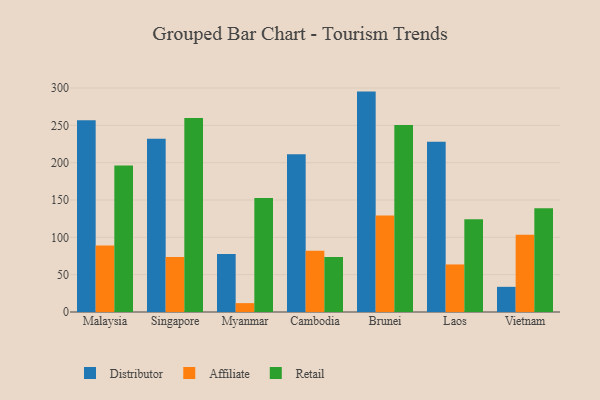
{"axis": {"x": "Country", "y": "Satisfaction Score"}, "legend": ["Affiliate", "Distributor", "Retail"], "data": [{"x": "Malaysia", "y": 256.8, "type": "Distributor"}, {"x": "Malaysia", "y": 89.1, "type": "Affiliate"}, {"x": "Malaysia", "y": 196.2, "type": "Retail"}, {"x": "Singapore", "y": 232.0, "type": "Distributor"}, {"x": "Singapore", "y": 73.8, "type": "Affiliate"}, {"x": "Singapore", "y": 260.0, "type": "Retail"}, {"x": "Myanmar", "y": 77.7, "type": "Distributor"}, {"x": "Myanmar", "y": 11.9, "type": "Affiliate"}, {"x": "Myanmar", "y": 152.7, "type": "Retail"}, {"x": "Cambodia", "y": 211.3, "type": "Distributor"}, {"x": "Cambodia", "y": 82.2, "type": "Affiliate"}, {"x": "Cambodia", "y": 73.7, "type": "Retail"}, {"x": "Brunei", "y": 295.2, "type": "Distributor"}, {"x": "Brunei", "y": 129.2, "type": "Affiliate"}, {"x": "Brunei", "y": 250.6, "type": "Retail"}, {"x": "Laos", "y": 227.9, "type": "Distributor"}, {"x": "Laos", "y": 63.7, "type": "Affiliate"}, {"x": "Laos", "y": 124.1, "type": "Retail"}, {"x": "Vietnam", "y": 33.7, "type": "Distributor"}, {"x": "Vietnam", "y": 103.3, "type": "Affiliate"}, {"x": "Vietnam", "y": 139.1, "type": "Retail"}]}